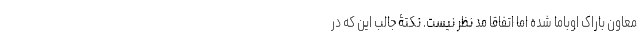
معاون باراک اوباما شده اما اتفاقا مد نظر نیست. نکتۀ جالب این که در